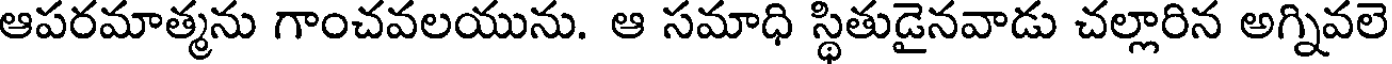
ఆపరమాత్మను గాంచవలయును. ఆ సమాధి స్థితుడైనవాడు చల్లారిన అగ్నివలె